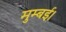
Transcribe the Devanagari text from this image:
मुम्बई।